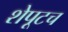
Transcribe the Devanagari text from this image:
शेपूटच